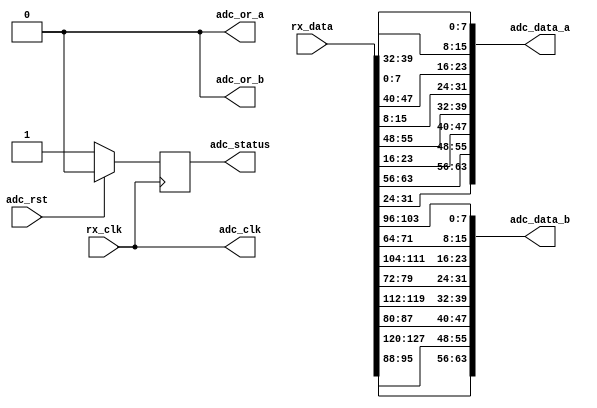
module axi_ad9234_if (
  rx_clk,
  rx_data,
  adc_clk,
  adc_rst,
  adc_data_a,
  adc_data_b,
  adc_or_a,
  adc_or_b,
  adc_status);
  input           rx_clk;
  input  [127:0]  rx_data;
  output          adc_clk;
  input           adc_rst;
  output  [63:0]  adc_data_a;
  output  [63:0]  adc_data_b;
  output          adc_or_a;
  output          adc_or_b;
  output          adc_status;
  reg             adc_status = 'd0;
  wire    [15:0]  adc_data_a_s3_s;
  wire    [15:0]  adc_data_a_s2_s;
  wire    [15:0]  adc_data_a_s1_s;
  wire    [15:0]  adc_data_a_s0_s;
  wire    [15:0]  adc_data_b_s3_s;
  wire    [15:0]  adc_data_b_s2_s;
  wire    [15:0]  adc_data_b_s1_s;
  wire    [15:0]  adc_data_b_s0_s;
  assign adc_clk = rx_clk;
  assign adc_or_a = 1'b0;
  assign adc_or_b = 1'b0;
  assign adc_data_a = { adc_data_a_s3_s, adc_data_a_s2_s,
                        adc_data_a_s1_s, adc_data_a_s0_s};
  assign adc_data_b = { adc_data_b_s3_s, adc_data_b_s2_s,
                        adc_data_b_s1_s, adc_data_b_s0_s};
  assign adc_data_a_s3_s = {rx_data[ 31: 24], rx_data[ 63: 56]};
  assign adc_data_a_s2_s = {rx_data[ 23: 16], rx_data[ 55: 48]};
  assign adc_data_a_s1_s = {rx_data[ 15:  8], rx_data[ 47: 40]};
  assign adc_data_a_s0_s = {rx_data[  7:  0], rx_data[ 39: 32]};
  assign adc_data_b_s3_s = {rx_data[ 95: 88], rx_data[127:120]};
  assign adc_data_b_s2_s = {rx_data[ 87: 80], rx_data[119:112]};
  assign adc_data_b_s1_s = {rx_data[ 79: 72], rx_data[111:104]};
  assign adc_data_b_s0_s = {rx_data[ 71: 64], rx_data[103: 96]};
  always @(posedge rx_clk) begin
    if (adc_rst == 1'b1) begin
      adc_status <= 1'b0;
    end else begin
      adc_status <= 1'b1;
    end
  end
endmodule